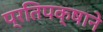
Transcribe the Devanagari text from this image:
प्रतिपक्षाने